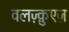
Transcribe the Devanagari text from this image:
वलज़्क़ुएज़